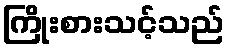
ကြိုးစားသင့်သည်